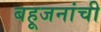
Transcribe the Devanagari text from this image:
बहूजनांची